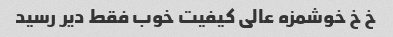
خ خ خوشمزه عالی کیفیت خوب فقط دیر رسید